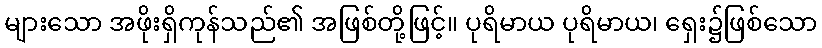
များသော အဖိုးရှိကုန်သည်၏ အဖြစ်တို့ဖြင့်။ ပုရိမာယ ပုရိမာယ၊ ရှေး၌ဖြစ်သော